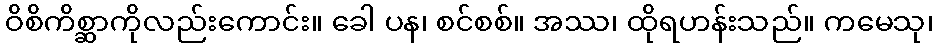
ဝိစိကိစ္ဆာကိုလည်းကောင်း။ ခေါ ပန၊ စင်စစ်။ အဿ၊ ထိုရဟန်းသည်။ ကမေသု၊